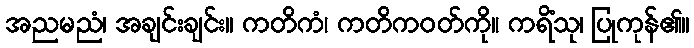
အညမညံ၊ အချင်းချင်း။ ကတိကံ၊ ကတိကဝတ်ကို။ ကရိံသု၊ ပြုကုန်၏။